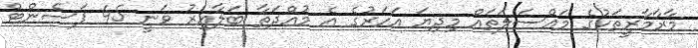
މާރާމާރީތަކުގެ މައްސަލަތައް މިދިޔަ އަހަރުގެ އެ މުއްދަތާ ބަލާއިރު ވަނީ 45 ޕަސެންޓް